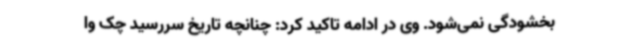
بخشودگی نمی‌شود. وی در ادامه تاکید کرد: چنانچه تاریخ سررسید چک وا